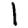
Digit: 1